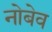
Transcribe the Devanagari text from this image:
नोबेव